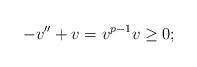
LaTeX: \begin{align*}- v''+v = v^{p-1} v \ge 0 ;\end{align*}